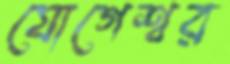
যোগেশ্বর